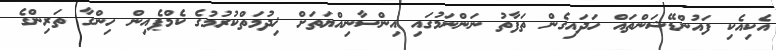
އެކިއެކި ފައުންޑޭޝަންތައް ހަދައިގެން ތަފާތު ނަންނަމުގައި އިންސާނިއްޔަތަށް ޚިދުމަތްކުރުމުގެ ކެމްޕެއިން ހިންގާ ތަރިންގެ